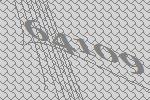
64109